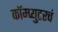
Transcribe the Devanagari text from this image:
कॉम्प्युटरचं